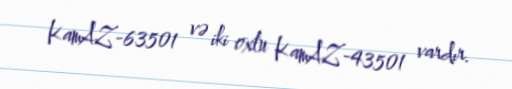
KamAZ-63501 və iki oxlu KamAZ-43501 vardır.